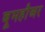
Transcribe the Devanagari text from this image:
बूमहौअर